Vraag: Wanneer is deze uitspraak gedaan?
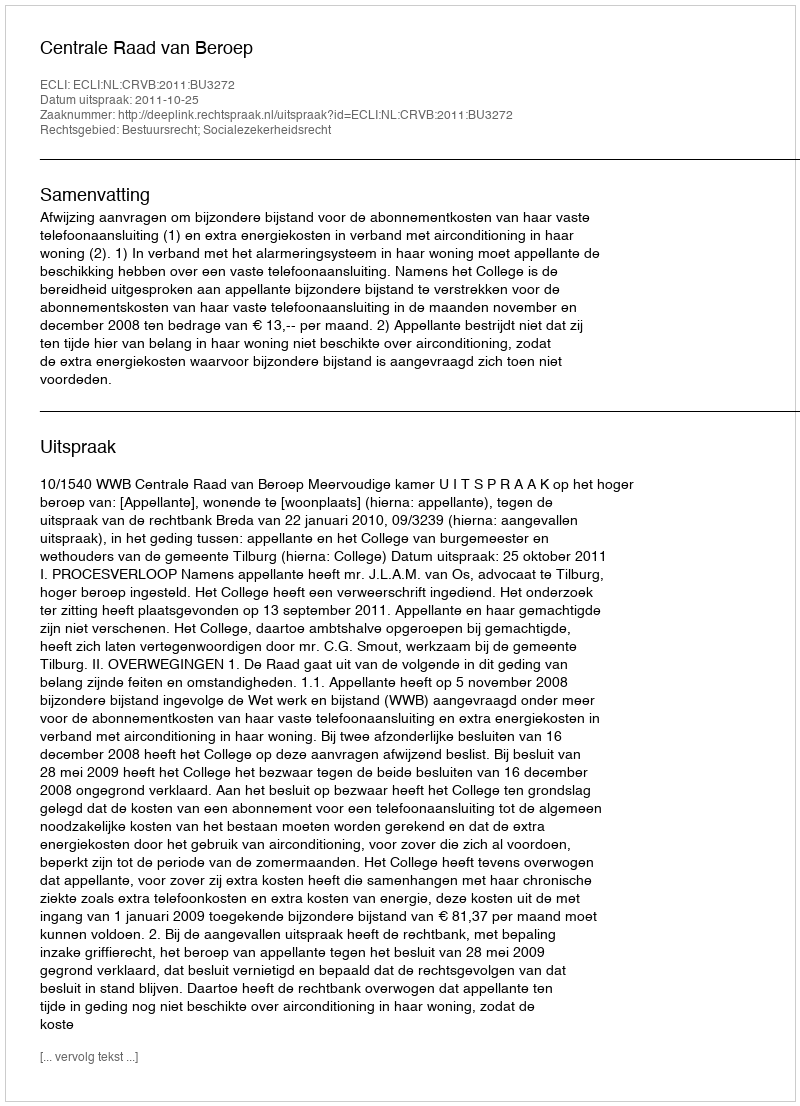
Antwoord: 2011-10-25